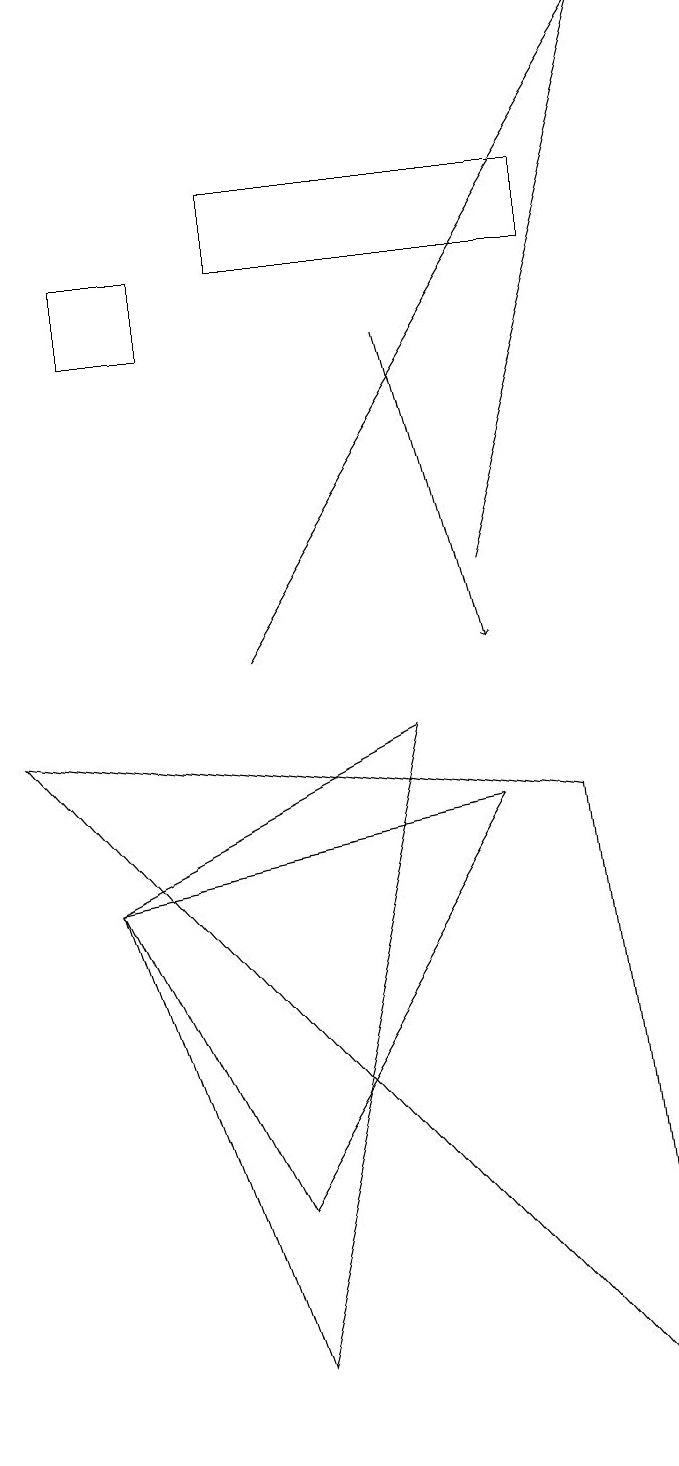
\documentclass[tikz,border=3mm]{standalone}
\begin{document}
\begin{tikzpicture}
\draw (8,15) rectangle (4,16);
\draw[->] (6,14) -- (7,10);
\draw[->] (4,10) -- (9,18);
\draw (3,14) rectangle (2,15);
\draw[->] (7,11) -- (9,18);
\draw (2,7) -- (4,3) -- (7,8) -- cycle;
\draw (4,1) -- (2,7) -- (6,9) -- cycle;
\draw (9,0) -- (1,9) -- (8,8) -- cycle;
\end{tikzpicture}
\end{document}